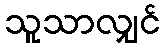
သူသာလျှင်